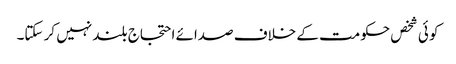
کو ئی شخص حکومت کے خلاف صدائے احتجاج بلند نہیں کر سکتا۔